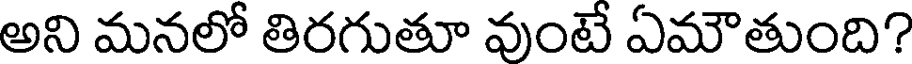
అని మనలో తిరగుతూ వుంటే ఏమౌతుంది?